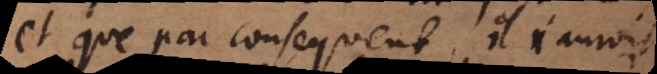
et que par consequent il n’auroit